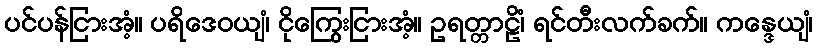
ပင်ပန်ငြားအံ့။ ပရိဒေဝယျံ၊ ငိုကြွေးငြားအံ့။ ဥရတ္တာဠိံ၊ ရင်တီးလက်ခက်။ ကန္ဒေယျံ၊